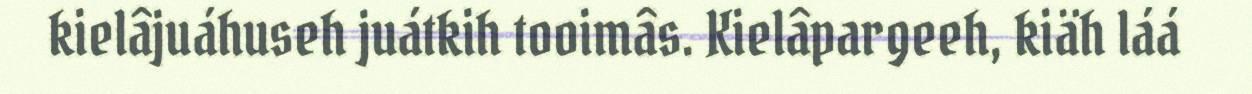
kielâjuáhuseh juátkih tooimâs. Kielâpargeeh, kiäh láá